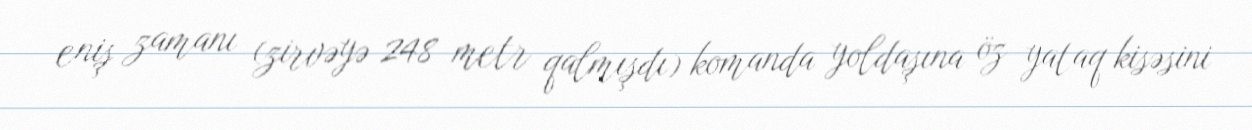
eniş zamanı (zirvəyə 248 metr qalmışdı) komanda yoldaşına öz yataq kisəsini